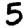
Digit: 5